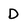
Character: D